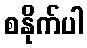
စနိုက်ပါ